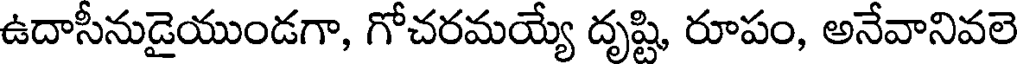
ఉదాసీనుడైయుండగా, గోచరమయ్యే దృష్టి, రూపం, అనేవానివలె